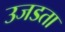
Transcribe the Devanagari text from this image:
उजडता